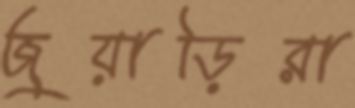
জুয়াড়িরা